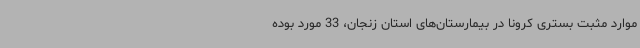
موارد مثبت بستری کرونا در بیمارستان‌های استان زنجان، 33 مورد بوده